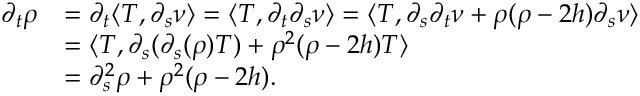
\begin{array} { r l } { \partial _ { t } \rho } & { = \partial _ { t } \langle T , \partial _ { s } \nu \rangle = \langle T , \partial _ { t } \partial _ { s } \nu \rangle = \langle T , \partial _ { s } \partial _ { t } \nu + \rho ( \rho - 2 h ) \partial _ { s } \nu \rangle } \\ & { = \langle T , \partial _ { s } ( \partial _ { s } ( \rho ) T ) + \rho ^ { 2 } ( \rho - 2 h ) T \rangle } \\ & { = \partial _ { s } ^ { 2 } \rho + \rho ^ { 2 } ( \rho - 2 h ) . } \end{array}